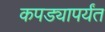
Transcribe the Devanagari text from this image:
कपड्यापर्यंत